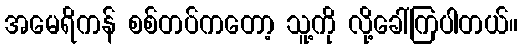
အမေရိကန် စစ်တပ်ကတော့ သူ့ကို လို့ခေါ်ကြပါတယ်။